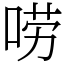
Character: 唠